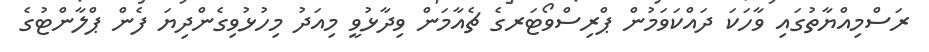
ރަސްމިއްޔާތުގައި ވާހަކަ ދައްކަވަމުން ޕްރިސްވޯޓަރގެ ޗެއާމަން ވިދާޅުވީ މިއަދު މިހުޅުވިގެންދިޔަ ފެން ޕްލާންޓުގެ